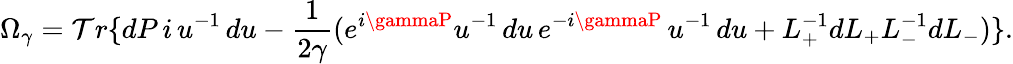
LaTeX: \Omega_{\gamma}=\mathcal{T}r\{ dP\, i\, u^{-1}\, du-\frac{{1}}{{2\gamma}}(e^{i\gammaP}u^{-1}\, du\, e^{-i\gammaP}\, u^{-1}\, du+L_{+}^{-1}dL_{+}L_{-}^{-1}dL_{-})\} .